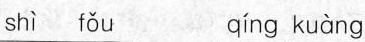
shì fǒu qíng kuàng